Virumaa_algkoolid, lk 23
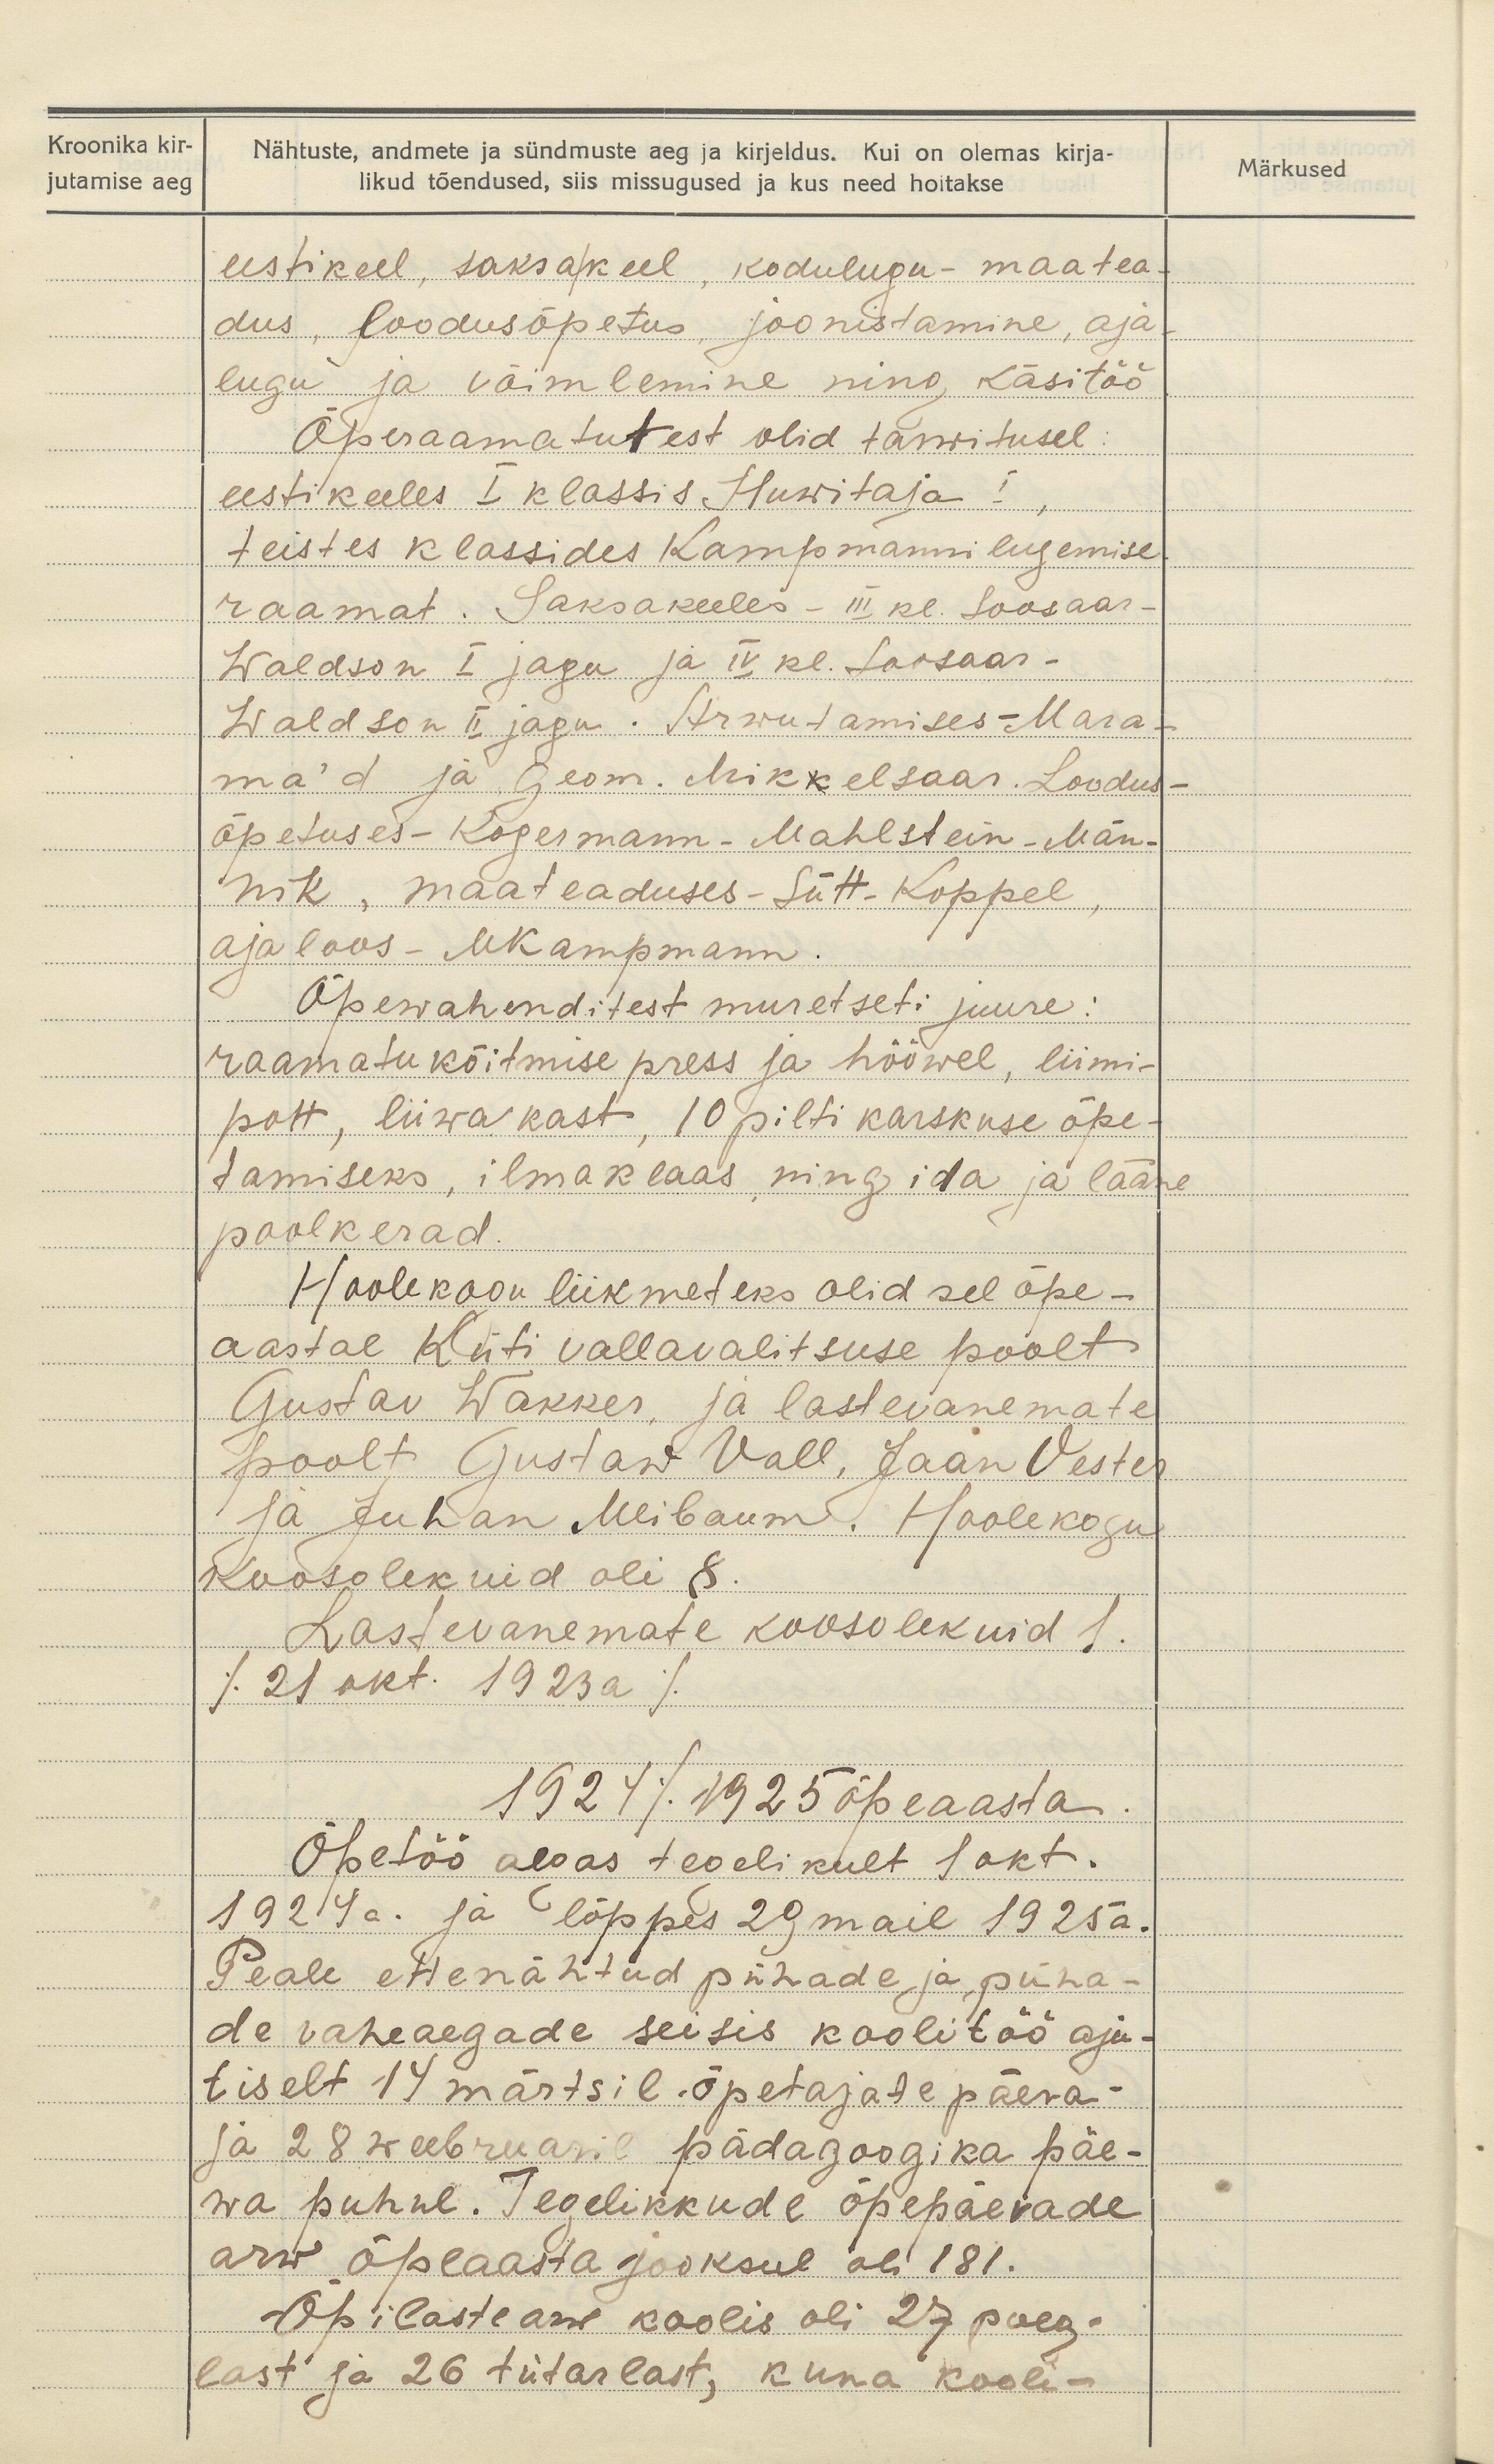
Kroonika kir-
jutamise aeg

Nähtuste, andmete ja sündmuste aeg ja kirjeldus. Kui on olemas kirja-
likud tõendused, siis missugused ja kus need hoitakse

Märkused

eesti keel, saksa keel, kodulugu, maatea-
dus, loodusõpetus, joonistamine, aja-
lugu ja võimlemine ning käsitöö
Õperaamatutest olid tarwitusel
eestikeeles I klassis Huwitaja I,
teistes klassides Kampmanni lugemise
raamat. Saksakeeles - III kl. Soosaar-
Waldson I jagu ja IV kl. Soosaar-
Waldson II jagu. Arwutamises- Mara-
ma' d ja geom. Mikkelsaar. Loodus-
õpetuses - Kogermann- Mahlstein - Män-
nik, maateaduses- Sütt- Koppel,
ajaloos - MKampmann.
Õpewahenditest muretseti juure:
raamatu köitmise press ja hööwel, liimi-
pott, liiwa kast, 10 pilti karskuse õpe-
tamiseks, ilmaklaas ning ida ja lääne
poolkerad.
Hoolekogu liikmeteks olid sel õpe-
aastal Küti vallavalitsuse poolt
Gustav Wakker, ja lastevanemate
poolt Gustaw Vall, Jaan Vester
ja Juhan Meibaume. Hoolekogu
Koosolekuid oli 8.
Lastevanemate koosolekuid 1.
/21 okt. 1923 a/
1924/1925 õpeaasta.
Õpetöö algas tegelikult 1 okt.
1924 a. ja lõppes 29 mail 1925 a.
Peale ettenähtud pühade ja püha-
de vaheaegade seisis koolitöö aju-
tiselt 14 märtsil. õpetajate päeva-
ja 28 weebruaril pädagoogika päe-
wa puhul. Tegelikkude õppepäevade
arw õpeaasta jooksul oli 181.
Õpilaste arw koolis oli 27 poeg-
last ja 26 tütarlast, kuna kooli-